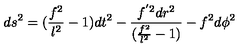
d s ^ { 2 } = ( \frac { f ^ { 2 } } { l ^ { 2 } } - 1 ) d t ^ { 2 } - \frac { f ^ { ' 2 } d r ^ { 2 } } { ( \frac { f ^ { 2 } } { l ^ { 2 } } - 1 ) } - f ^ { 2 } d \phi ^ { 2 }